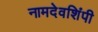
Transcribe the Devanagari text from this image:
नामदेवशिंपी